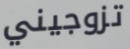
تزوجيني